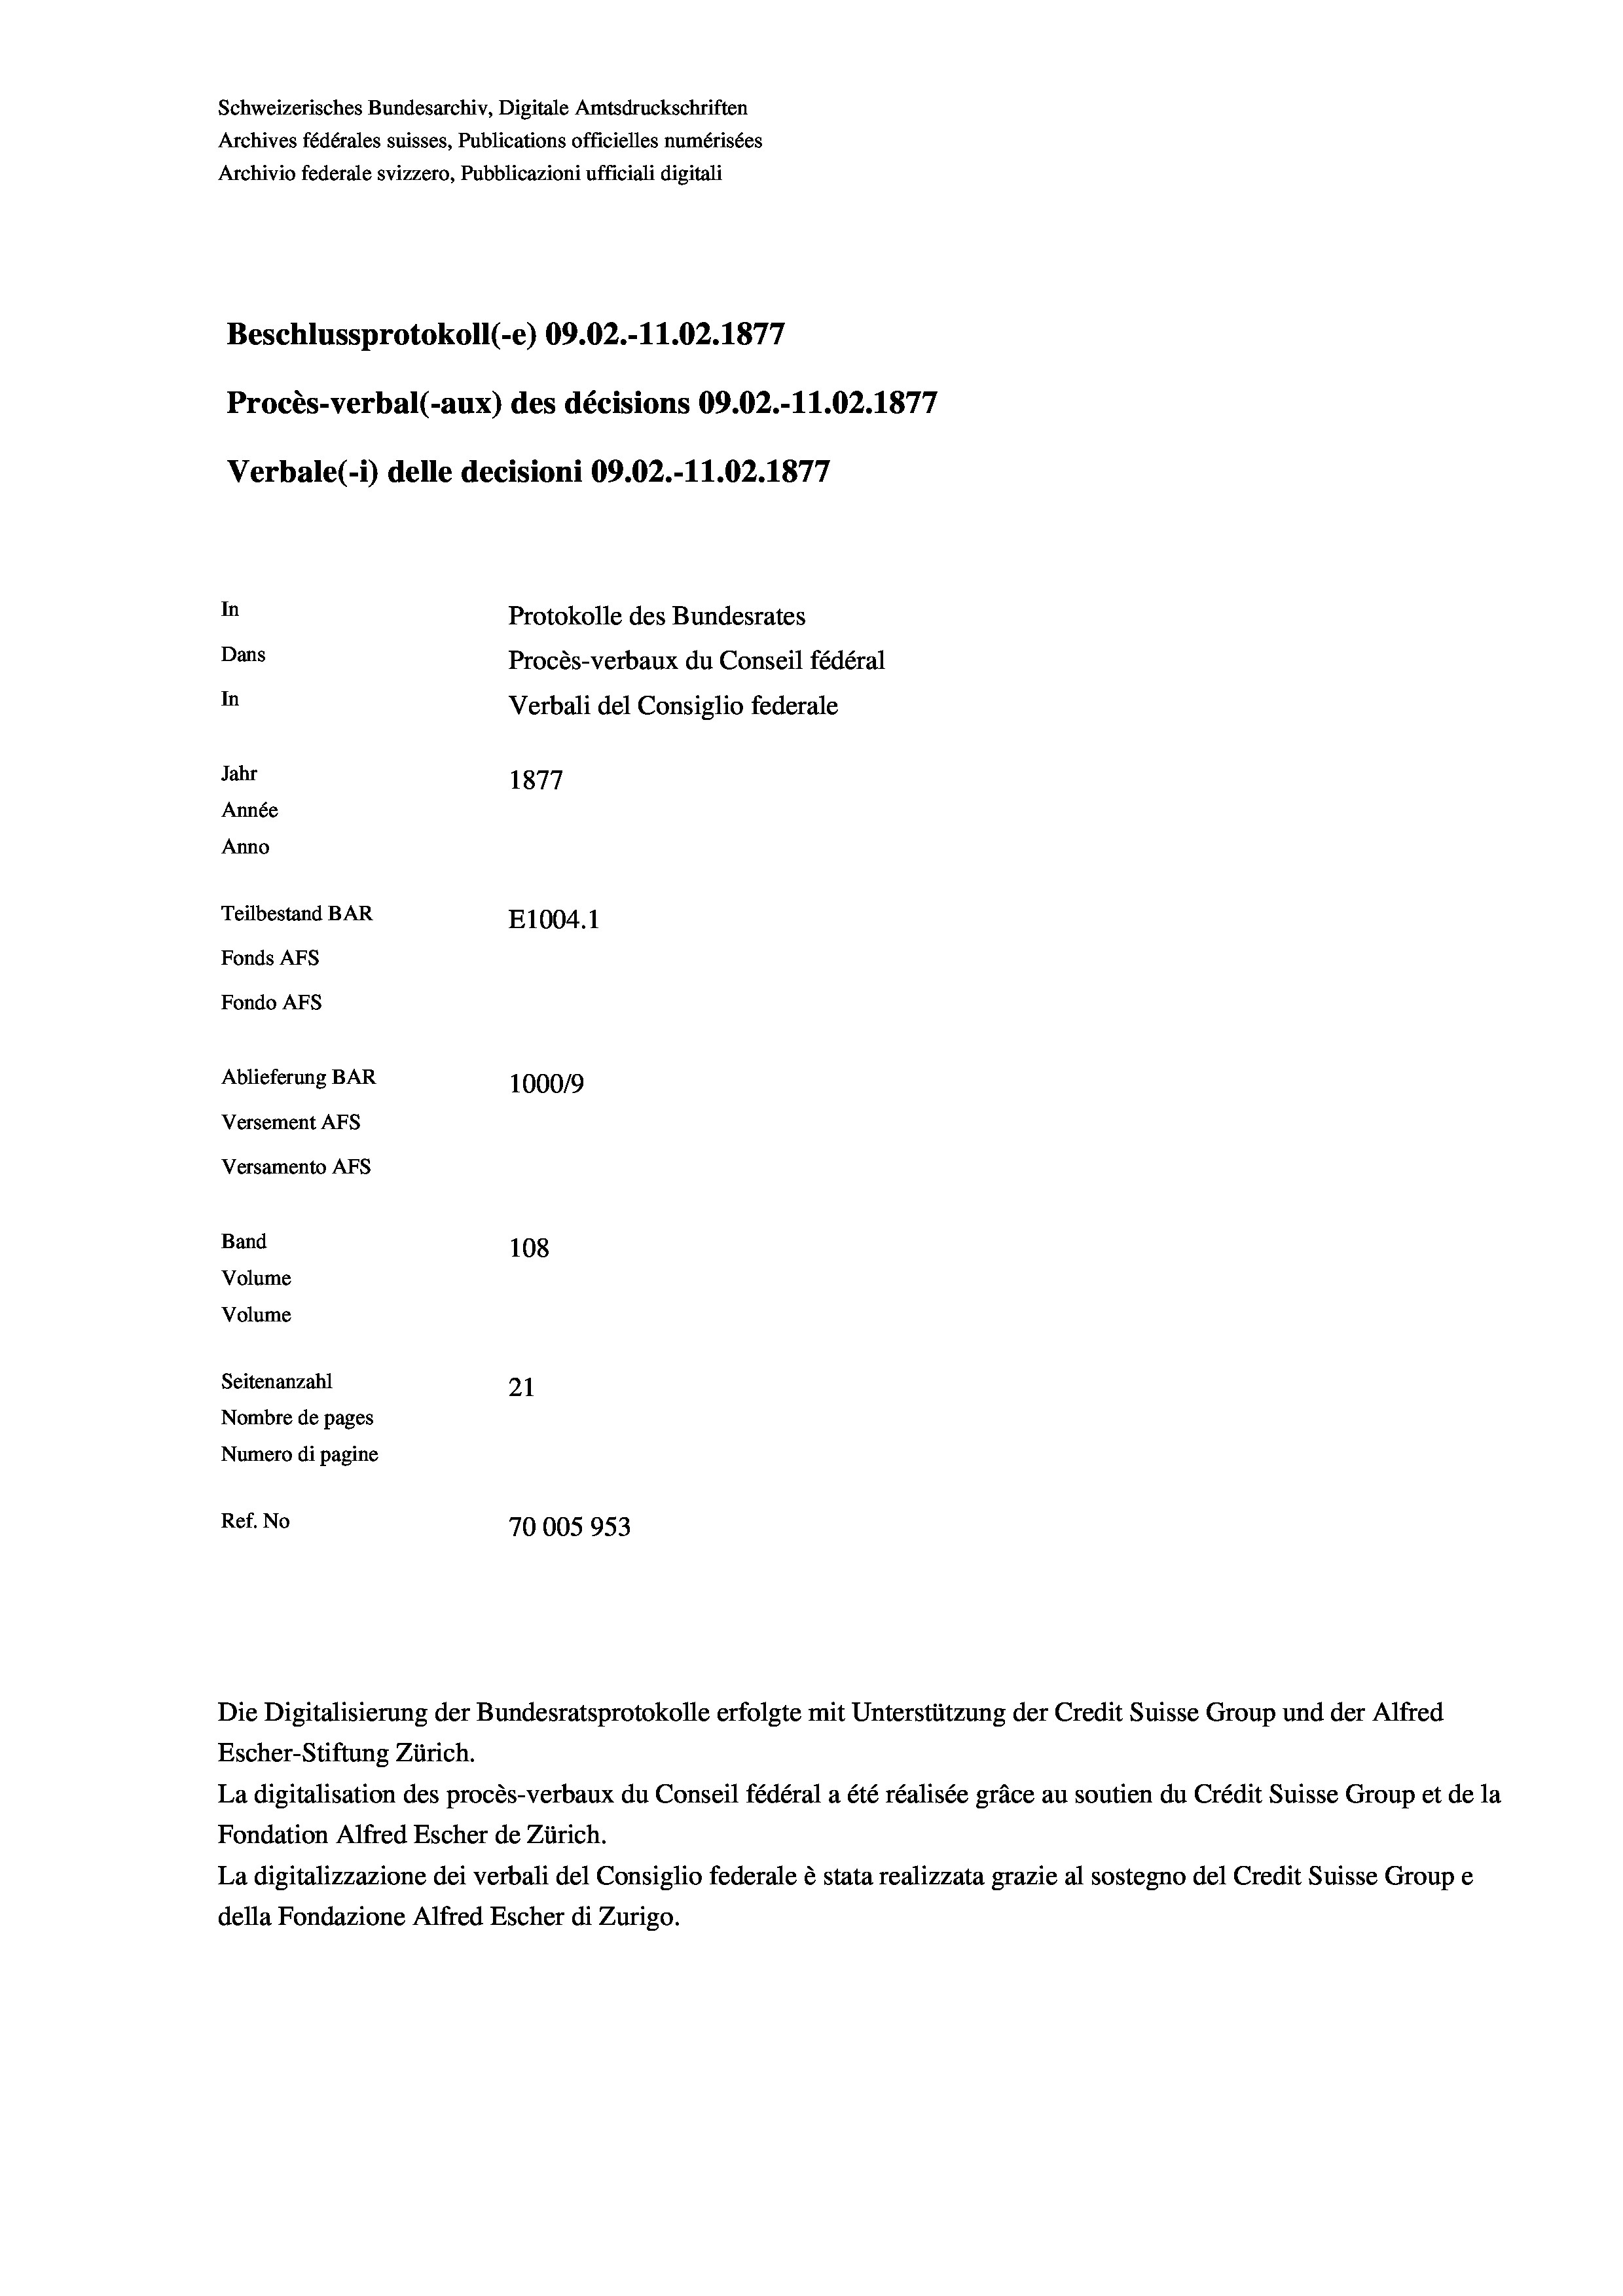
Schweizerisches Bundesarchiv, Digitale Amtsdruckschriften
Archives fédérales suisses, Publications officielles numérisées
Archivio federale svizzero, Pubblicazioni ufficiali digitali
Beschlussprotokoll (-e) 09.02.-11.02. 1877
Procès-verbal (-aux) des décisions 09.02.-11.02. 1877
Verbale (- 1) delle decisioni 09.02.-11.02. 1877
In
Protokolle des Bundesrates
Dans
Procès-verbaux du Conseil fédéral
In
Verbali del Consiglio federale
Jahr
1877
Année
Anno
Teilbestand BAR
E1004.1
Fonds AFs
Fondo Afs
Ablieferung BAR
100019
Versement AFs

Versamento Afs
Band
Volume

108
Volume
Seitenanzahl
21
Nombre de pages
Numero di pagine
Ref. No
70005953

Escher-Stiftung Zürich.
La digitalisation des procès-verbaux du Conseil fédéral a été réalisée gräce au soutien du Crédit Suisse Group et de la
Fondation Alfred Escher de Zürich.
La digitalizzazione dei verbali del Consiglio federale è stata realizzata grazie al sostegno del Credit Suisse Groupe
della Fondazione Alfred Escher di Zurigo.

Die Digitalisierung der Bundesratsprotokolle erfolgte mit Unterstützung der Credit Suisse Group und der Alfred